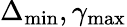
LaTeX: \Delta_{\mathrm{min}},\gamma_{\mathrm{max}}